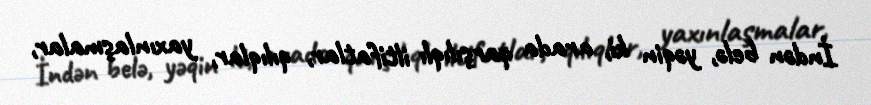
İndən belə, yəqin ki, arada qarşılıqlı iltifatlar, qılıqlar, yaxınlaşmalar,